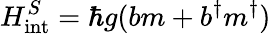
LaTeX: H_{\mathrm{{int}}}^{S}=\hbar g(bm+b^{\dagger}m^{\dagger})